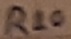
Text: R20